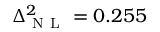
\Delta _ { \mathrm { ~ N ~ L ~ } } ^ { 2 } = 0 . 2 5 5